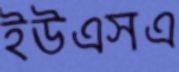
ইউএসএ